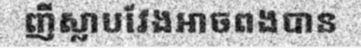
ញីស្លាបវែងអាចពងបាន